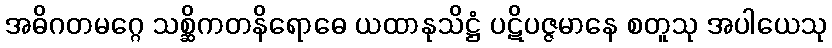
အဓိဂတမဂ္ဂေ သစ္ဆိကတနိရောဓေ ယထာနုသိဋ္ဌံ ပဋိပဇ္ဇမာနေ စတူသု အပါယေသု